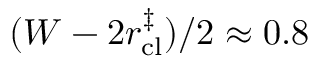
( W - 2 r _ { \mathrm { c l } } ^ { \ddagger } ) / 2 \approx 0 . 8